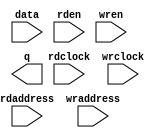
// This program was cloned from: https://github.com/gzzyyxh/Quafu
// License: MIT License

// megafunction wizard: %RAM: 2-PORT%VBB%
// GENERATION: STANDARD
// VERSION: WM1.0
// MODULE: altsyncram 

// ============================================================
// Megafunction Name(s):
// 			altsyncram
//
// Simulation Library Files(s):
// 			altera_mf
// ============================================================
// ************************************************************
// THIS IS A WIZARD-GENERATED FILE. DO NOT EDIT THIS FILE!
//
// 18.1.0 Build 625 09/12/2018 SJ Standard Edition
// ************************************************************

//Copyright (C) 2018  Intel Corporation. All rights reserved.
//Your use of Intel Corporation's design tools, logic functions 
//and other software and tools, and its AMPP partner logic 
//functions, and any output files from any of the foregoing 
//(including device programming or simulation files), and any 
//associated documentation or information are expressly subject 
//to the terms and conditions of the Intel Program License 
//Subscription Agreement, the Intel Quartus Prime License Agreement,
//the Intel FPGA IP License Agreement, or other applicable license
//agreement, including, without limitation, that your use is for
//the sole purpose of programming logic devices manufactured by
//Intel and sold by Intel or its authorized distributors.  Please
//refer to the applicable agreement for further details.

module ram_ip (
	data,
	rdaddress,
	rdclock,
	rden,
	wraddress,
	wrclock,
	wren,
	q);

	input	[31:0]  data;
	input	[9:0]  rdaddress;
	input	  rdclock;
	input	  rden;
	input	[9:0]  wraddress;
	input	  wrclock;
	input	  wren;
	output	[31:0]  q;
`ifndef ALTERA_RESERVED_QIS
// synopsys translate_off
`endif
	tri1	  rden;
	tri1	  wrclock;
	tri0	  wren;
`ifndef ALTERA_RESERVED_QIS
// synopsys translate_on
`endif

endmodule

// ============================================================
// CNX file retrieval info
// ============================================================
// Retrieval info: PRIVATE: ADDRESSSTALL_A NUMERIC "0"
// Retrieval info: PRIVATE: ADDRESSSTALL_B NUMERIC "0"
// Retrieval info: PRIVATE: BYTEENA_ACLR_A NUMERIC "0"
// Retrieval info: PRIVATE: BYTEENA_ACLR_B NUMERIC "0"
// Retrieval info: PRIVATE: BYTE_ENABLE_A NUMERIC "0"
// Retrieval info: PRIVATE: BYTE_ENABLE_B NUMERIC "0"
// Retrieval info: PRIVATE: BYTE_SIZE NUMERIC "8"
// Retrieval info: PRIVATE: BlankMemory NUMERIC "1"
// Retrieval info: PRIVATE: CLOCK_ENABLE_INPUT_A NUMERIC "0"
// Retrieval info: PRIVATE: CLOCK_ENABLE_INPUT_B NUMERIC "0"
// Retrieval info: PRIVATE: CLOCK_ENABLE_OUTPUT_A NUMERIC "0"
// Retrieval info: PRIVATE: CLOCK_ENABLE_OUTPUT_B NUMERIC "0"
// Retrieval info: PRIVATE: CLRdata NUMERIC "0"
// Retrieval info: PRIVATE: CLRq NUMERIC "0"
// Retrieval info: PRIVATE: CLRrdaddress NUMERIC "0"
// Retrieval info: PRIVATE: CLRrren NUMERIC "0"
// Retrieval info: PRIVATE: CLRwraddress NUMERIC "0"
// Retrieval info: PRIVATE: CLRwren NUMERIC "0"
// Retrieval info: PRIVATE: Clock NUMERIC "1"
// Retrieval info: PRIVATE: Clock_A NUMERIC "0"
// Retrieval info: PRIVATE: Clock_B NUMERIC "0"
// Retrieval info: PRIVATE: IMPLEMENT_IN_LES NUMERIC "0"
// Retrieval info: PRIVATE: INDATA_ACLR_B NUMERIC "0"
// Retrieval info: PRIVATE: INDATA_REG_B NUMERIC "0"
// Retrieval info: PRIVATE: INIT_FILE_LAYOUT STRING "PORT_B"
// Retrieval info: PRIVATE: INIT_TO_SIM_X NUMERIC "0"
// Retrieval info: PRIVATE: INTENDED_DEVICE_FAMILY STRING "Cyclone IV E"
// Retrieval info: PRIVATE: JTAG_ENABLED NUMERIC "0"
// Retrieval info: PRIVATE: JTAG_ID STRING "NONE"
// Retrieval info: PRIVATE: MAXIMUM_DEPTH NUMERIC "0"
// Retrieval info: PRIVATE: MEMSIZE NUMERIC "32768"
// Retrieval info: PRIVATE: MEM_IN_BITS NUMERIC "0"
// Retrieval info: PRIVATE: MIFfilename STRING ""
// Retrieval info: PRIVATE: OPERATION_MODE NUMERIC "2"
// Retrieval info: PRIVATE: OUTDATA_ACLR_B NUMERIC "0"
// Retrieval info: PRIVATE: OUTDATA_REG_B NUMERIC "1"
// Retrieval info: PRIVATE: RAM_BLOCK_TYPE NUMERIC "2"
// Retrieval info: PRIVATE: READ_DURING_WRITE_MODE_MIXED_PORTS NUMERIC "2"
// Retrieval info: PRIVATE: READ_DURING_WRITE_MODE_PORT_A NUMERIC "3"
// Retrieval info: PRIVATE: READ_DURING_WRITE_MODE_PORT_B NUMERIC "3"
// Retrieval info: PRIVATE: REGdata NUMERIC "1"
// Retrieval info: PRIVATE: REGq NUMERIC "0"
// Retrieval info: PRIVATE: REGrdaddress NUMERIC "1"
// Retrieval info: PRIVATE: REGrren NUMERIC "1"
// Retrieval info: PRIVATE: REGwraddress NUMERIC "1"
// Retrieval info: PRIVATE: REGwren NUMERIC "1"
// Retrieval info: PRIVATE: SYNTH_WRAPPER_GEN_POSTFIX STRING "0"
// Retrieval info: PRIVATE: USE_DIFF_CLKEN NUMERIC "0"
// Retrieval info: PRIVATE: UseDPRAM NUMERIC "1"
// Retrieval info: PRIVATE: VarWidth NUMERIC "0"
// Retrieval info: PRIVATE: WIDTH_READ_A NUMERIC "32"
// Retrieval info: PRIVATE: WIDTH_READ_B NUMERIC "32"
// Retrieval info: PRIVATE: WIDTH_WRITE_A NUMERIC "32"
// Retrieval info: PRIVATE: WIDTH_WRITE_B NUMERIC "32"
// Retrieval info: PRIVATE: WRADDR_ACLR_B NUMERIC "0"
// Retrieval info: PRIVATE: WRADDR_REG_B NUMERIC "0"
// Retrieval info: PRIVATE: WRCTRL_ACLR_B NUMERIC "0"
// Retrieval info: PRIVATE: enable NUMERIC "0"
// Retrieval info: PRIVATE: rden NUMERIC "1"
// Retrieval info: LIBRARY: altera_mf altera_mf.altera_mf_components.all
// Retrieval info: CONSTANT: ADDRESS_ACLR_B STRING "NONE"
// Retrieval info: CONSTANT: ADDRESS_REG_B STRING "CLOCK1"
// Retrieval info: CONSTANT: CLOCK_ENABLE_INPUT_A STRING "BYPASS"
// Retrieval info: CONSTANT: CLOCK_ENABLE_INPUT_B STRING "BYPASS"
// Retrieval info: CONSTANT: CLOCK_ENABLE_OUTPUT_B STRING "BYPASS"
// Retrieval info: CONSTANT: INTENDED_DEVICE_FAMILY STRING "Cyclone IV E"
// Retrieval info: CONSTANT: LPM_TYPE STRING "altsyncram"
// Retrieval info: CONSTANT: NUMWORDS_A NUMERIC "1024"
// Retrieval info: CONSTANT: NUMWORDS_B NUMERIC "1024"
// Retrieval info: CONSTANT: OPERATION_MODE STRING "DUAL_PORT"
// Retrieval info: CONSTANT: OUTDATA_ACLR_B STRING "NONE"
// Retrieval info: CONSTANT: OUTDATA_REG_B STRING "CLOCK1"
// Retrieval info: CONSTANT: POWER_UP_UNINITIALIZED STRING "FALSE"
// Retrieval info: CONSTANT: RAM_BLOCK_TYPE STRING "M9K"
// Retrieval info: CONSTANT: RDCONTROL_REG_B STRING "CLOCK1"
// Retrieval info: CONSTANT: WIDTHAD_A NUMERIC "10"
// Retrieval info: CONSTANT: WIDTHAD_B NUMERIC "10"
// Retrieval info: CONSTANT: WIDTH_A NUMERIC "32"
// Retrieval info: CONSTANT: WIDTH_B NUMERIC "32"
// Retrieval info: CONSTANT: WIDTH_BYTEENA_A NUMERIC "1"
// Retrieval info: USED_PORT: data 0 0 32 0 INPUT NODEFVAL "data[31..0]"
// Retrieval info: USED_PORT: q 0 0 32 0 OUTPUT NODEFVAL "q[31..0]"
// Retrieval info: USED_PORT: rdaddress 0 0 10 0 INPUT NODEFVAL "rdaddress[9..0]"
// Retrieval info: USED_PORT: rdclock 0 0 0 0 INPUT NODEFVAL "rdclock"
// Retrieval info: USED_PORT: rden 0 0 0 0 INPUT VCC "rden"
// Retrieval info: USED_PORT: wraddress 0 0 10 0 INPUT NODEFVAL "wraddress[9..0]"
// Retrieval info: USED_PORT: wrclock 0 0 0 0 INPUT VCC "wrclock"
// Retrieval info: USED_PORT: wren 0 0 0 0 INPUT GND "wren"
// Retrieval info: CONNECT: @address_a 0 0 10 0 wraddress 0 0 10 0
// Retrieval info: CONNECT: @address_b 0 0 10 0 rdaddress 0 0 10 0
// Retrieval info: CONNECT: @clock0 0 0 0 0 wrclock 0 0 0 0
// Retrieval info: CONNECT: @clock1 0 0 0 0 rdclock 0 0 0 0
// Retrieval info: CONNECT: @data_a 0 0 32 0 data 0 0 32 0
// Retrieval info: CONNECT: @rden_b 0 0 0 0 rden 0 0 0 0
// Retrieval info: CONNECT: @wren_a 0 0 0 0 wren 0 0 0 0
// Retrieval info: CONNECT: q 0 0 32 0 @q_b 0 0 32 0
// Retrieval info: GEN_FILE: TYPE_NORMAL ram_ip.v TRUE
// Retrieval info: GEN_FILE: TYPE_NORMAL ram_ip.inc FALSE
// Retrieval info: GEN_FILE: TYPE_NORMAL ram_ip.cmp FALSE
// Retrieval info: GEN_FILE: TYPE_NORMAL ram_ip.bsf FALSE
// Retrieval info: GEN_FILE: TYPE_NORMAL ram_ip_inst.v TRUE
// Retrieval info: GEN_FILE: TYPE_NORMAL ram_ip_bb.v TRUE
// Retrieval info: LIB_FILE: altera_mf